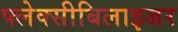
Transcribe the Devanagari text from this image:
फ्लेक्सीबिलाइजर